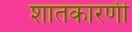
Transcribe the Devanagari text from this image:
शातकारणी